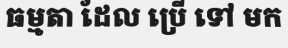
ធម្មតា ដែល ប្រើ ទៅ មក